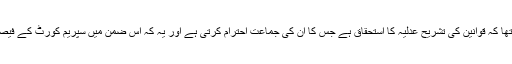
تاہم اسحاق ڈار کا یہ بھی کہنا تھا کہ قوانین کی تشریح عدلیہ کا استحقاق ہے جس کا ان کی جماعت احترام کرتی ہے اور یہ کہ اس ضمن میں سپریم کورٹ کے فیصلے کا انتظار کیا جانا چاہیئے۔